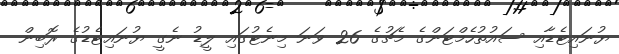
ޔުނައިޓެޑާއި ސައުތުހެމްޓަންގެ މެޗުގެ 26 ވަނަ މިނެޓުގައި ލީޑު ނެގީ ޔުނައިޓެޑުގެ ރޮބިން